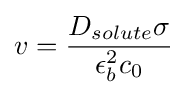
v={\frac {D_{solute}\sigma }{\epsilon _{b}^{2}c_{0}}}